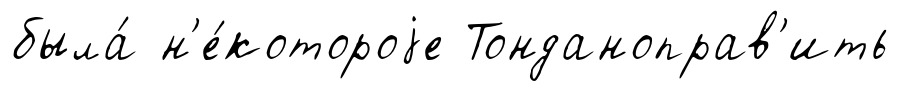
была́ н'е́котороjе Тонданоправ'ить